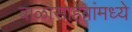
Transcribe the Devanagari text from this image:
बाळासाहेबांमध्ये